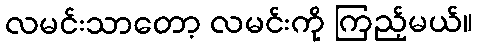
လမင်းသာတော့ လမင်းကို ကြည့်မယ်။